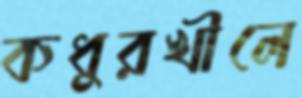
কধুরখীলে